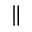
\|